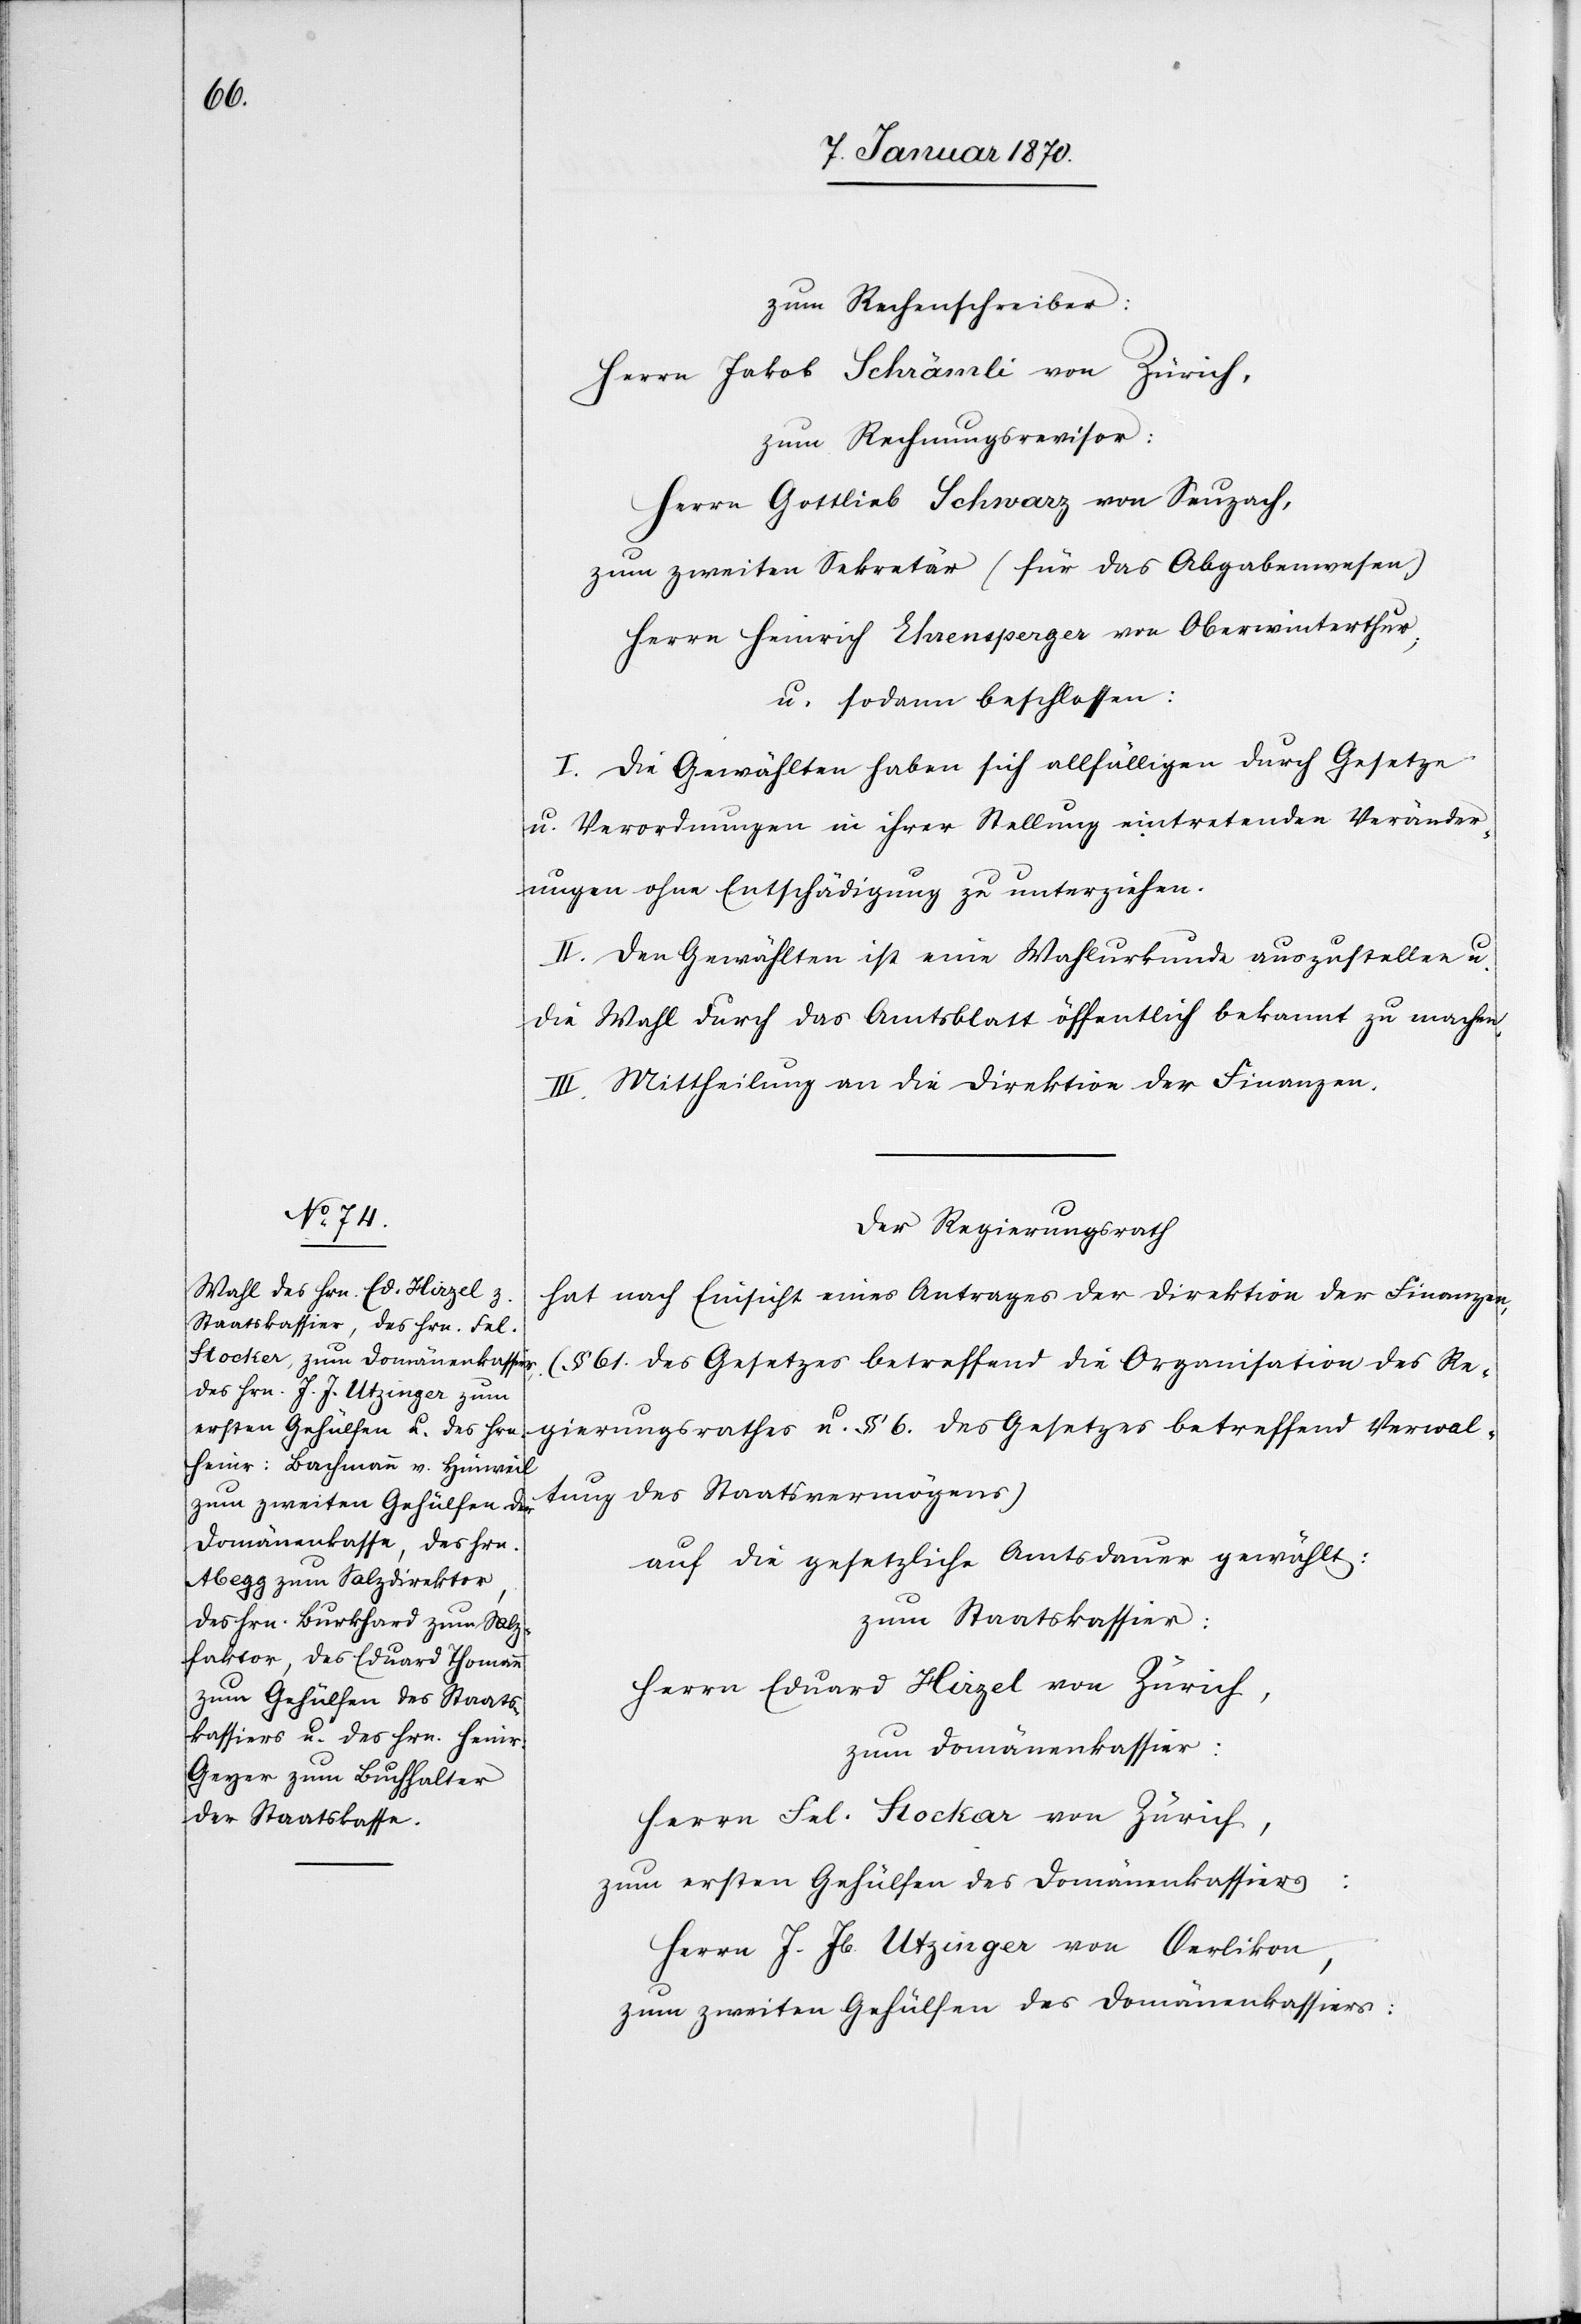
zum Rechenschreiber:
Herrn Jakob Schrämli von Zürich,
zum Rechnungsrevisor:
Herrn Gottlieb Schwarz von Seuzach,
zum zweiten Sekretär (für das Abgabenwesen)
Herrn Heinrich Ehrensperger von Oberwinterthur;
u. sodann beschlossen:
I. Die Gewählten haben sich allfälligen durch Gesetze
u. Verordnungen in ihrer Stellung eintretenden Veränder¬
ungen ohne Entschädigung zu unterziehen.
II. Den Gewählten ist eine Wahlurkunde auszustellen u.
die Wahl durch das Amtsblatt öffentlich bekannt zu machen.
III. Mittheilung an die Direktion der Finanzen.
Der Regierungsrath
hat nach Einsicht eines Antrages der Direktion der Finanzen,
(§ 61. des Gesetzes betreffend die Organisation des Re¬
gierungsrathes u. § 6. des Gesetzes betreffend Verwal¬
tung des Staatsvermögens)
auf die gesetzliche Amtsdauer gewählt:
zum Staatskassier:
Herrn Eduard Hirzel von Zürich,
zum Domänenkassier:
Herrn Fel. Stockar [sic!]von Zürich,
zum ersten Gehülfen des Domänenkassiers:
Herrn J. Jb. Utzinger von Oerlikon,
zum zweiten Gehülfen des Domänenkassiers: